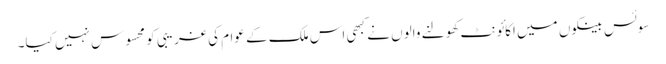
سوئس بینکوں میں اکائونٹ کھولنے والوں نے کبھی اس ملک کے عوام کی غریبی کو محسوس نہیں کیا۔